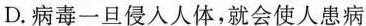
D.病毒一旦侵人人体，就会使人患病